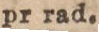
pr rad.